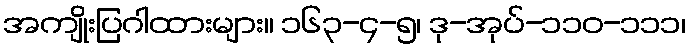
အကျိုးပြဂါထားများ။ ၁၆၃-၄-၅၊ ဒု-အုပ်-၁၁၀-၁၁၁၊